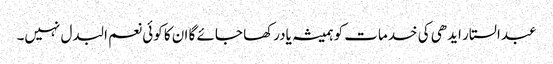
عبدالستار ایدھی کی خدمات کو ہمیشہ یادرکھا جائے گا ان کا کوئی نعم البدل نہیں۔